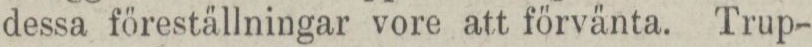
dessa föreställningar vore att förvänta. Trup-